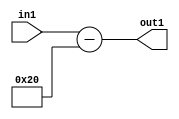
`timescale 1ps / 1ps
/*****************************************************************************
    Verilog RTL Description
    
    
    Created by: Stratus DpOpt 2019.1.01 
*******************************************************************************/

module st_weight_addr_gen_Subi32u16_4_9 (
	in1,
	out1
	); /* architecture "behavioural" */ 
input [15:0] in1;
output [16:0] out1;
wire [16:0] asc001;

assign asc001 = 
	+(in1)
	-(17'B00000000000100000);

assign out1 = asc001;
endmodule

/* CADENCE  ubH4SA0= : u9/ySgnWtBlWxVPRXgAZ4Og= ** DO NOT EDIT THIS LINE ******/